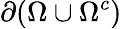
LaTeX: \partial(\Omega\cup\Omega^{c})